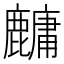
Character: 𬹁